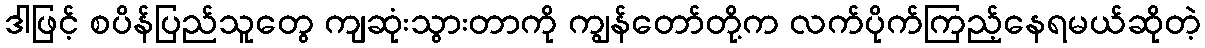
ဒါဖြင့် စပိန်ပြည်သူတွေ ကျဆုံးသွားတာကို ကျွန်တော်တို့က လက်ပိုက်ကြည့်နေရမယ်ဆိုတဲ့